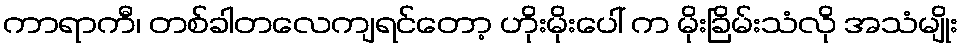
ကာရာကီ၊ တစ်ခါတလေကျရင်တော့ ဟိုးမိုးပေါ် က မိုးခြိမ်းသံလို အသံမျိုး